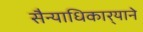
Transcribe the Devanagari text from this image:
सैन्याधिकार्‍याने